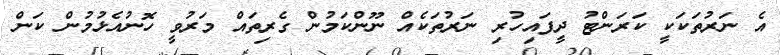
އެ ނަރުތަކަކީ ކަރަންޓު ދީފައިހުރި ނަރުތަކެއް ނޫންކަމުން ގެރިތައް މަރުވީ ހޮނުއެޅުމުން ކަން